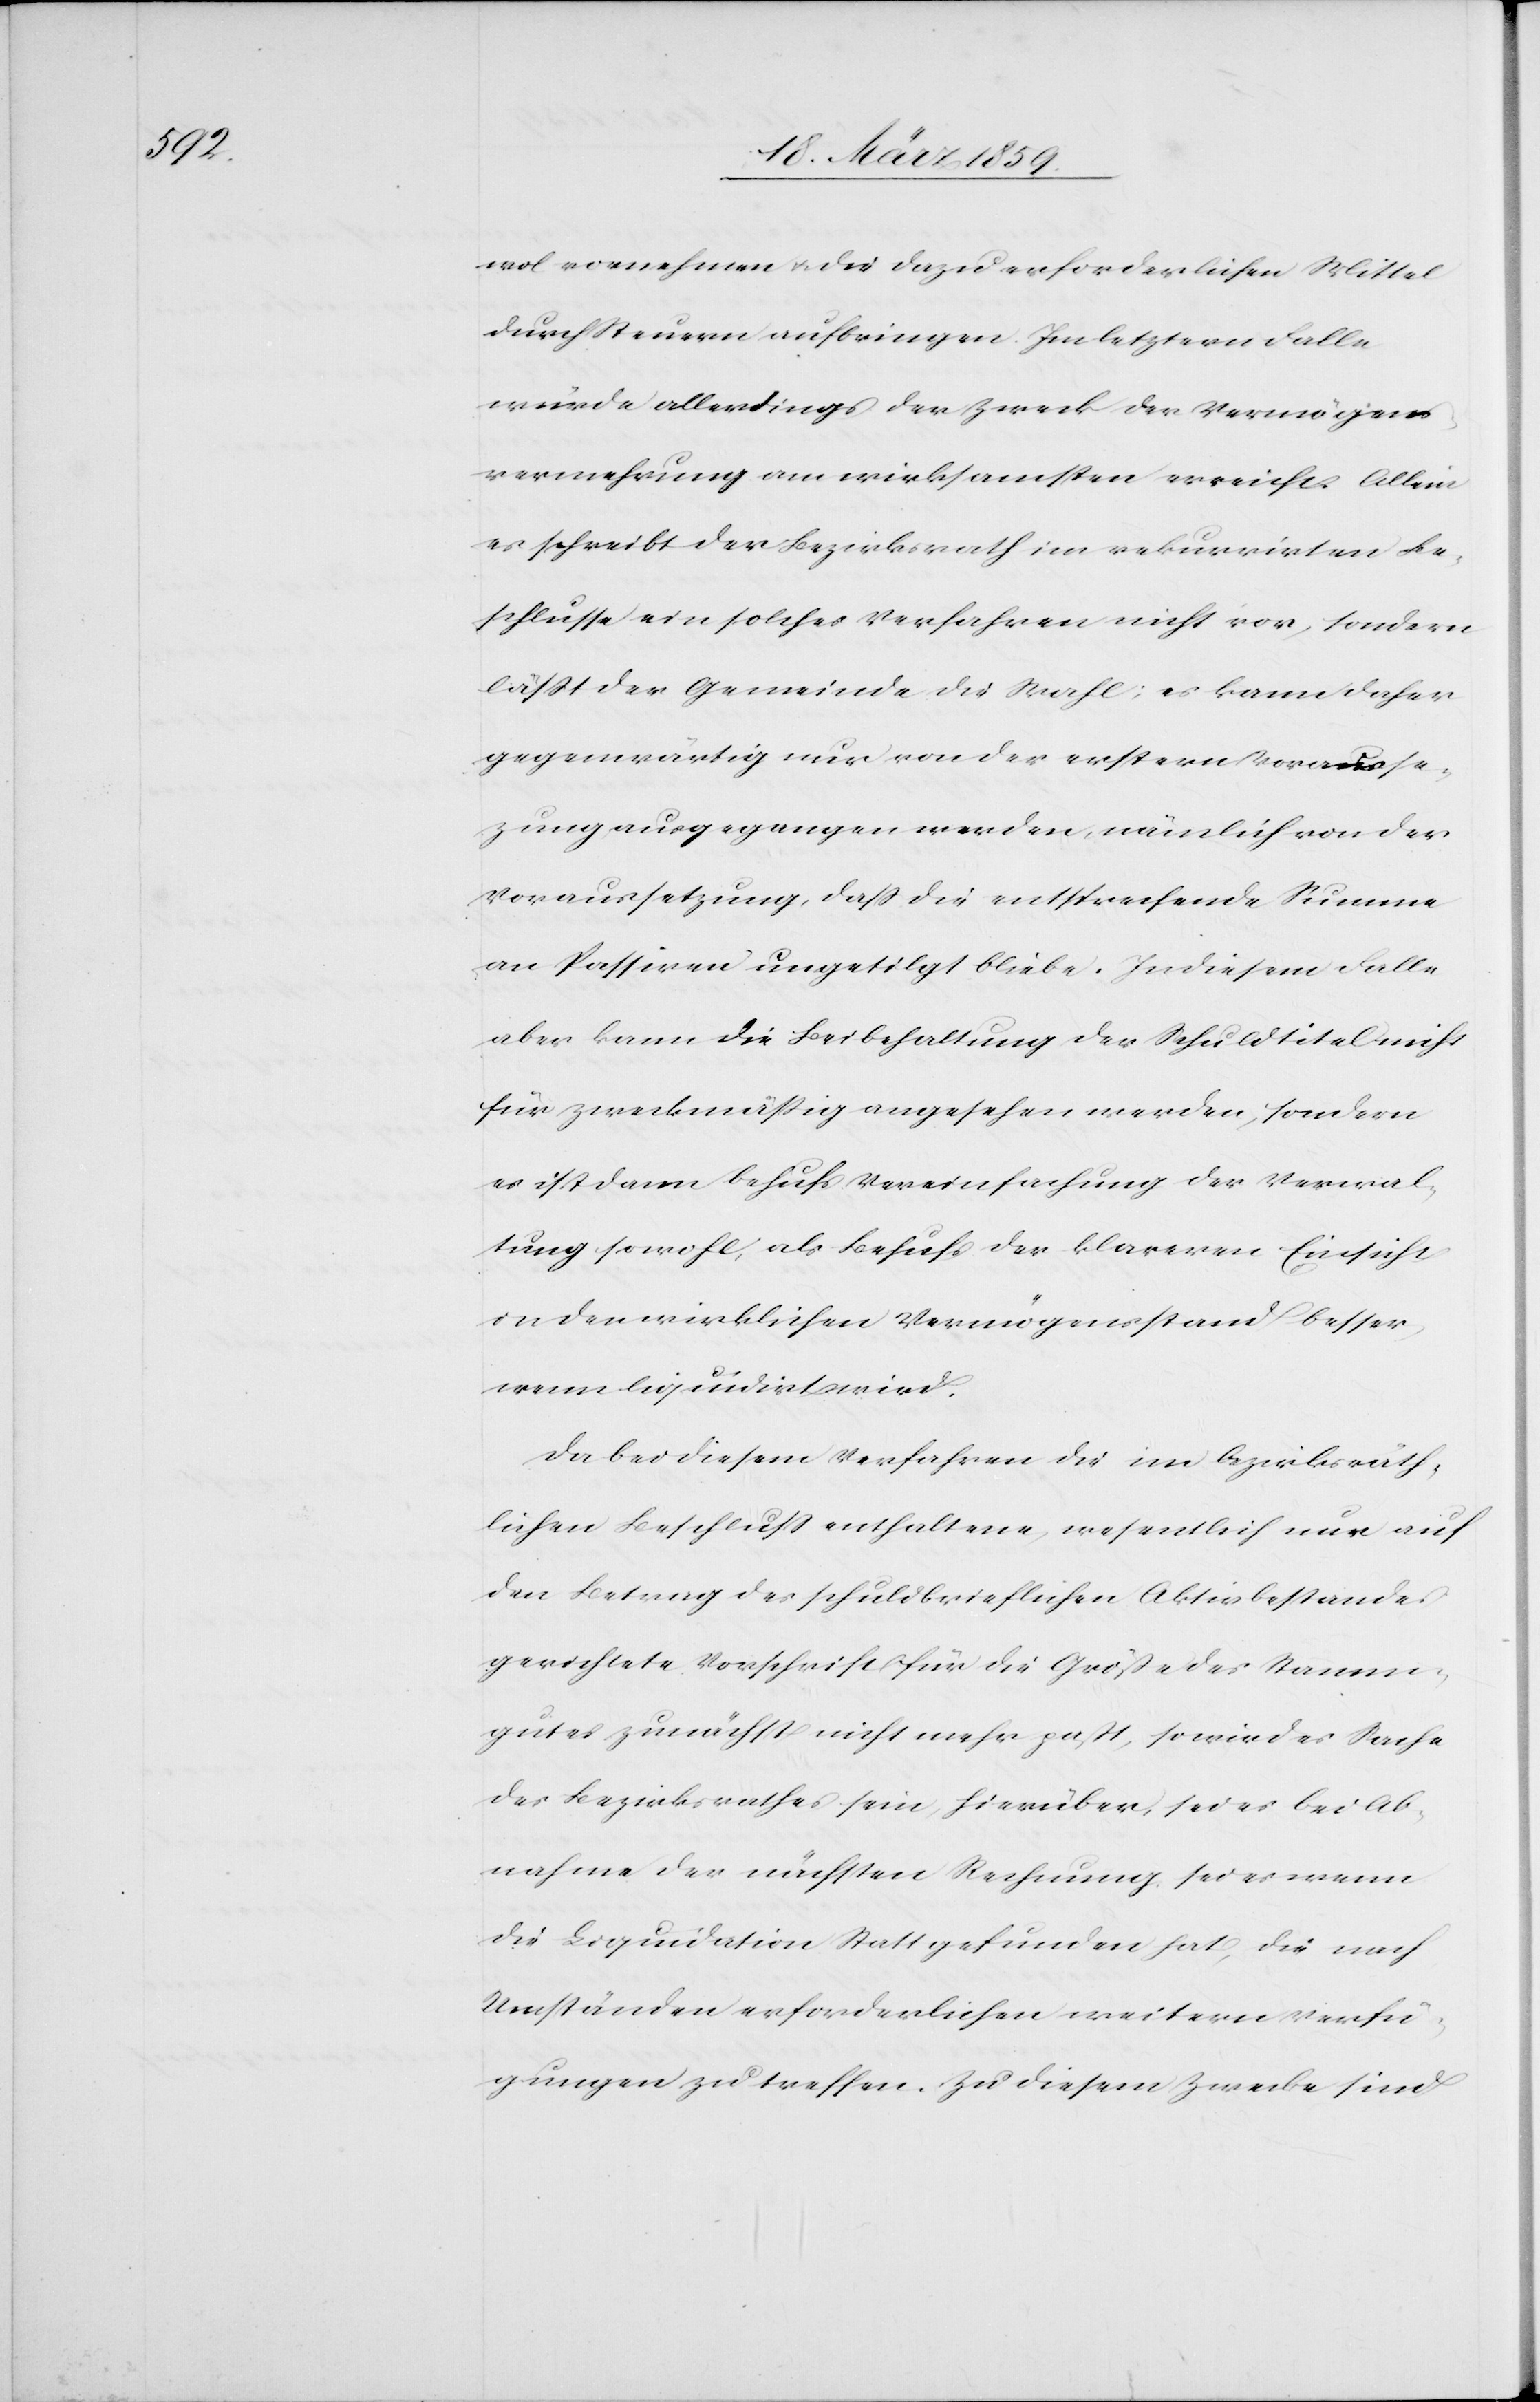
wol vornehmen u. die dazu erforderlichen Mittel
durch Steuern aufbringen. Im letztern Falle
würde allerdings der Zweck der Vermögens¬
vermehrung am wirksamsten erreicht. Allein
es schreibt der Bezirksrath im rekurrirten Be¬
schlusse ein solches Verfahren nicht vor, sondern
läßt der Gemeinde die Wahl; es kann daher
gegenwärtig nur von der ersten Vorausset¬
zung ausgegangen werden, nämlich von der
Voraussetzung, daß die entsprechende Summe
an Passiven ungetilgt bliebe. In diesem Falle
aber kann die Beibehaltung der Schuldtitel nicht
für zweckmäßig angesehen werden, sondern
es ist dann behufs Vereinfachung der Verwal¬
tung sowohl, als Behufs der klareren Einsicht
in der wirklichen Vermögensstand besser,
wenn liquidirt wird.
Da bei diesem Verfahren die im bezirksräth¬
lichen Beschluß enthaltene, wesentlich nur auf
den Betrag des schuldbrieflichen Aktivbestandes
gerichtete Vorschrift für die Größe des Stamm¬
gutes zunächst nicht mehr paßt, so wird es Sache
des Bezirksrathes sein, hierüber, sei es wenn
die Liquidation Statt gefunden hat, die nach
Umständen erforderlichen weitern Verfü¬
gungen zu treffen. Zu diesem Zwecke sind